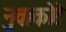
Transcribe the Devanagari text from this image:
नुवाकोटे